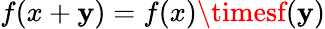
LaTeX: f(x+\mathbf{y})=f(x)\timesf(\mathbf{y})